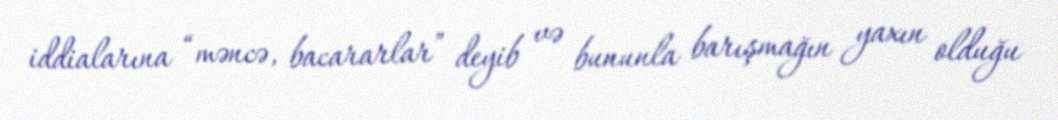
iddialarına “məncə, bacararlar” deyib və bununla barışmağın yaxın olduğu